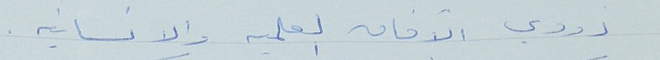
ذووي الآفاق العلميه والانسانيه.